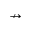
\nrightarrow